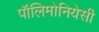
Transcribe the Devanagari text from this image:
पॉलिमोनियेसी